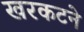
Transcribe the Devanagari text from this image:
खरकटने